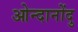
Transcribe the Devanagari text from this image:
ओन्दानोंदु